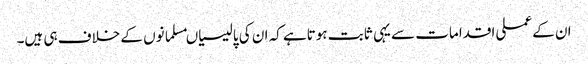
ان کے عملی اقدامات سے یہی ثابت ہوتاہے کہ ان کی پالیسیاںمسلمانوں کے خلاف ہی ہیں۔